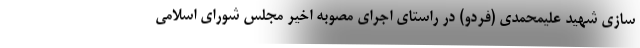
سازی شهید علیمحمدی (فردو) در راستای اجرای مصوبه اخیر مجلس شورای اسلامی